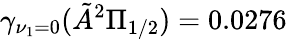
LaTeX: \gamma_{\nu_{1}=0}(\tilde{A}^{2}\Pi_{1/2})=0.0276